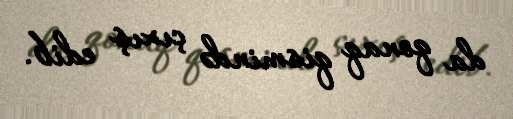
da qonaq qismində çıxış edib.